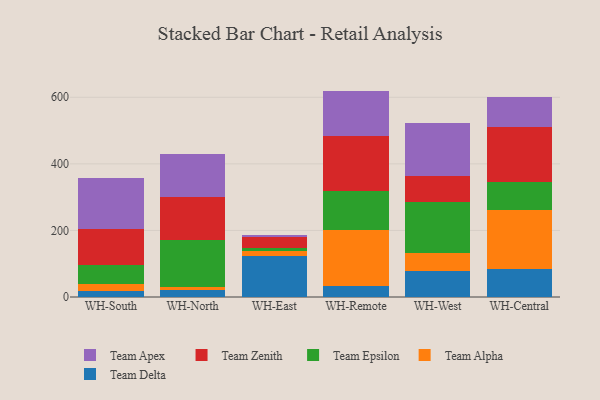
{"axis": {"x": "Warehouse", "y": "Headcount"}, "legend": ["Team Alpha", "Team Apex", "Team Delta", "Team Epsilon", "Team Zenith"], "data": [{"x": "WH-South", "y": 16.9, "type": "Team Delta"}, {"x": "WH-South", "y": 21.7, "type": "Team Alpha"}, {"x": "WH-South", "y": 56.6, "type": "Team Epsilon"}, {"x": "WH-South", "y": 108.7, "type": "Team Zenith"}, {"x": "WH-South", "y": 153.8, "type": "Team Apex"}, {"x": "WH-North", "y": 19.7, "type": "Team Delta"}, {"x": "WH-North", "y": 11.1, "type": "Team Alpha"}, {"x": "WH-North", "y": 141.9, "type": "Team Epsilon"}, {"x": "WH-North", "y": 128.2, "type": "Team Zenith"}, {"x": "WH-North", "y": 128.3, "type": "Team Apex"}, {"x": "WH-East", "y": 122.5, "type": "Team Delta"}, {"x": "WH-East", "y": 17.2, "type": "Team Alpha"}, {"x": "WH-East", "y": 8.9, "type": "Team Epsilon"}, {"x": "WH-East", "y": 31.4, "type": "Team Zenith"}, {"x": "WH-East", "y": 5.6, "type": "Team Apex"}, {"x": "WH-Remote", "y": 31.8, "type": "Team Delta"}, {"x": "WH-Remote", "y": 170.8, "type": "Team Alpha"}, {"x": "WH-Remote", "y": 115.5, "type": "Team Epsilon"}, {"x": "WH-Remote", "y": 165.9, "type": "Team Zenith"}, {"x": "WH-Remote", "y": 135.3, "type": "Team Apex"}, {"x": "WH-West", "y": 76.7, "type": "Team Delta"}, {"x": "WH-West", "y": 56.6, "type": "Team Alpha"}, {"x": "WH-West", "y": 151.3, "type": "Team Epsilon"}, {"x": "WH-West", "y": 78.8, "type": "Team Zenith"}, {"x": "WH-West", "y": 159.2, "type": "Team Apex"}, {"x": "WH-Central", "y": 84.4, "type": "Team Delta"}, {"x": "WH-Central", "y": 175.5, "type": "Team Alpha"}, {"x": "WH-Central", "y": 85.7, "type": "Team Epsilon"}, {"x": "WH-Central", "y": 165.4, "type": "Team Zenith"}, {"x": "WH-Central", "y": 88.7, "type": "Team Apex"}]}